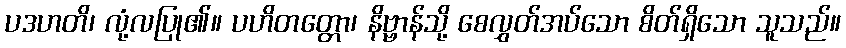
ပဒဟတိ၊ လုံ့လပြု၏။ ပဟိတတ္တော၊ နိဗ္ဗာန်သို့ စေလွှတ်အပ်သော စိတ်ရှိသော သူသည်။